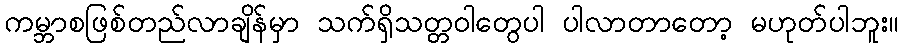
ကမ္ဘာစဖြစ်တည်လာချိန်မှာ သက်ရှိသတ္တဝါတွေပါ ပါလာတာတော့ မဟုတ်ပါဘူး။